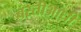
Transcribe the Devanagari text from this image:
बस्तीआधी